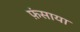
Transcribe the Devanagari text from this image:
फ़ंसाया